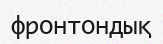
фронтондық